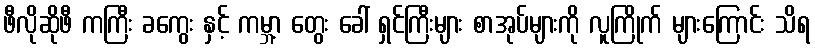
ဖီလိုဆိုဖီ ကကြီး ခကွေး နှင့် ကမ္ဘာ့ တွေး ခေါ် ရှင်ကြီးများ စာအုပ်များကို လူကြိုက် များကြောင်း သိရ